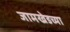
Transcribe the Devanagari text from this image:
जामखेडच्या